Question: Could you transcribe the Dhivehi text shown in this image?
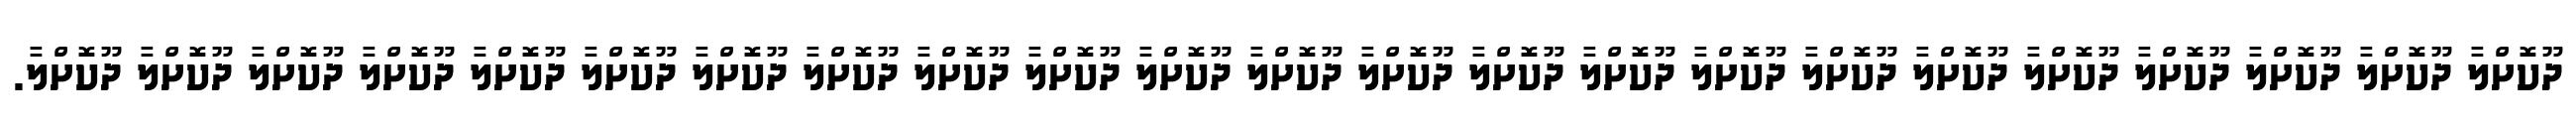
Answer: ދޫކޮށްލާ ދޫކޮށްލާ ދޫކޮށްލާ ދޫކޮށްލާ ދޫކޮށްލާ ދޫކޮށްލާ ދޫކޮށްލާ ދޫކޮށްލާ ދޫކޮށްލާ ދޫކޮށްލާ ދޫކޮށްލާ ދޫކޮށްލާ ދޫކޮށްލާ ދޫކޮށްލާ ދޫކޮށްލާ ދޫކޮށްލާ ދޫކޮށްލާ ދޫކޮށްލާ ދޫކޮށްލާ ދޫކޮށްލާ ދޫކޮށްލާ ދޫކޮށްލާ ދޫކޮށްލާ.